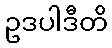
ဥဒပါဒီတိ